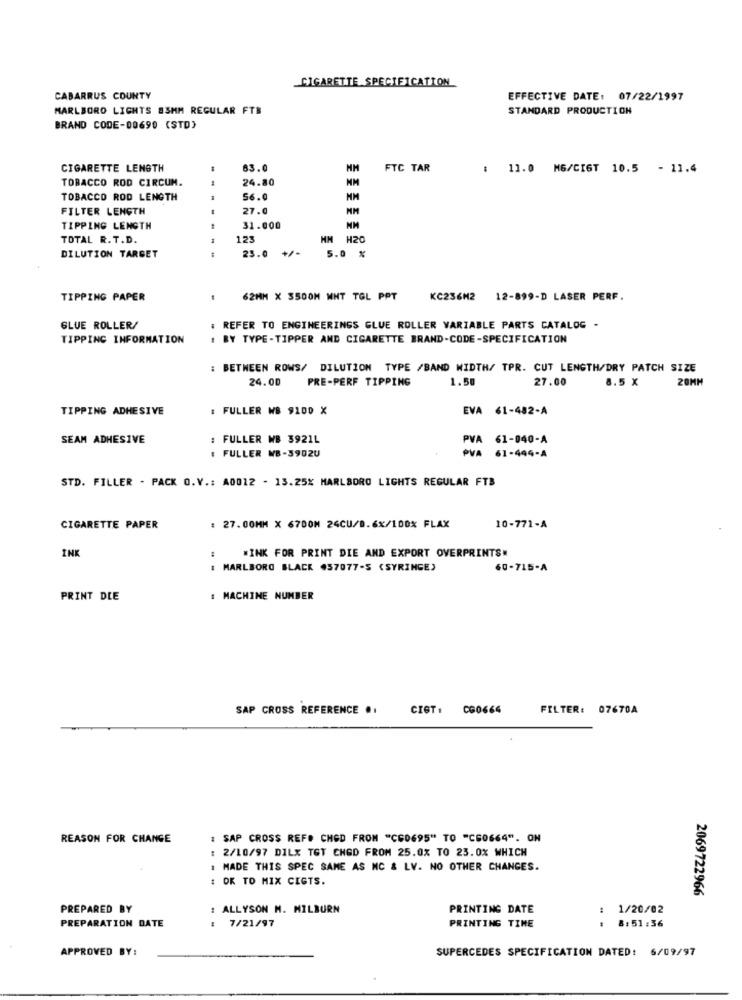
CIGARETTE SPECIFICATION
CABARRUS COUNTY
EFFECTIVE DATE: 07/22/1997
MARLBORO LIGHTS ESMM REGULAR FTB
STANDARD PRODUCTION
BRAND CODE-00699 (STD)
CIGARETTE LENGTH
83.0
FTC TAR
: 11.0 MG/CIGT 10.5 - 11.4
TOBACCO ROD CIRCUM.
24.80
MM
TOBACCO ROD LENGTH
56.0
MM
FILTER LENGTH
27.0
MM
TIPPING LENGTH
31.000
TOTAL R. T.D.
123
HH H20
25.0
5.0 %
DILUTION TARGET
TIPPING PAPER
62MM X 3500M MNT TGL PPT
KC236M2 12-899-D LASER PERF.
GLUE ROLLER/
: REFER TO ENGINEERINGS GLUE ROLLER VARIABLE PARTS CATALOG -
TIPPING INFORMATION
. BY TYPE -TIPPER AND CIGARETTE BRAND-CODE-SPECIFICATION
: BETWEEN ROWS/ DILUTION TYPE /BAND WIDTH/ TPR. CUT LENGTH/DRY PATCH SIZE
24.00
PRE-PERF TIPPING
1.50
27.00
8.5 X
20MM
TIPPING ADHESIVE
: FULLER WB 9100 X
EVA 61-482-A
SEAM ADHESIVE
: FULLER WB 3921L
PVA 61-040-A
: FULLER WB-3902U
PVA 61-444-A
STD. FILLER - PACK O.V .: A0012 - 13.25% MARLBORO LIGHTS REGULAR FTB
CIGARETTE PAPER
: 27.00MM X 6700M 24CU/B.6x/100% FLAX
10-771-A
INK
.INK FOR PRINT DIE AND EXPORT OVERPRINTS
: MARLBORO BLACK 457077-S (SYRINGE)
60-715-A
PRINT DLE
: MACHINE NUMBER
SAP CROSS REFERENCE ..
CIGT: 060664
FILTER: 07670A
REASON FOR CHANGE
: SAP CROSS REFO CHED FROM "CE0695" TO "CS0664". ON
2/10/97 DILX TGT CHGD FROM 25.0% TO 23.0% WHICH
MADE THIS SPEC SAME AS MC & LV. NO OTHER CHANGES.
: OK TO MIX CIGTS.
2069722966
PREPARED BY
: ALLYSON M. MILBURN
PRINTING DATE
1/20/02
PREPARATION DATE
: 7/21/97
PRINTING TIME
8:51:36
APPROVED BY:
SUPERCEDES SPECIFICATION DATED: 6/09/97